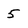
Character: 5